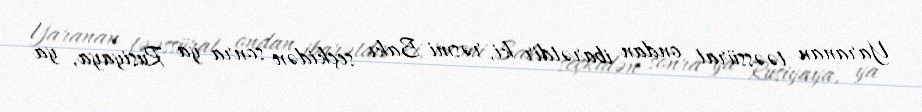
Yaranan təəssürat ondan ibarətdir ki, rəsmi Bakı seçkidən sonra ya Rusiyaya, ya